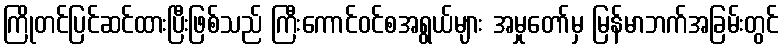
ကြိုတင်ပြင်ဆင်ထားပြီးဖြစ်သည် ကြီးကောင်ဝင်စအရွယ်များ အမှုတော်မှ မြန်မာဘက်အခြမ်းတွင်